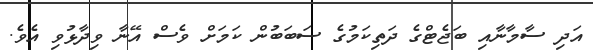
އަދި ސާމާނާއި ބަޖެޓްގެ ދަތިކަމުގެ ސަބަބުން ކަމަށް ވެސް އޭނާ ވިދާޅުވި އެވެ.